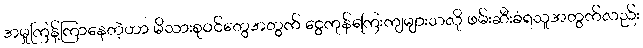
အမှုကြန့်ကြာနေတဲ့ဟာ မိသားစုဝင်တွေအတွက် ငွေကုန်ကြေးကျများသလို ဖမ်းဆီးခံရသူအတွက်လည်း